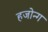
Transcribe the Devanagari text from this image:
हजोन्ग